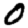
Digit: 0